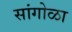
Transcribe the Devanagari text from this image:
सांगोळा